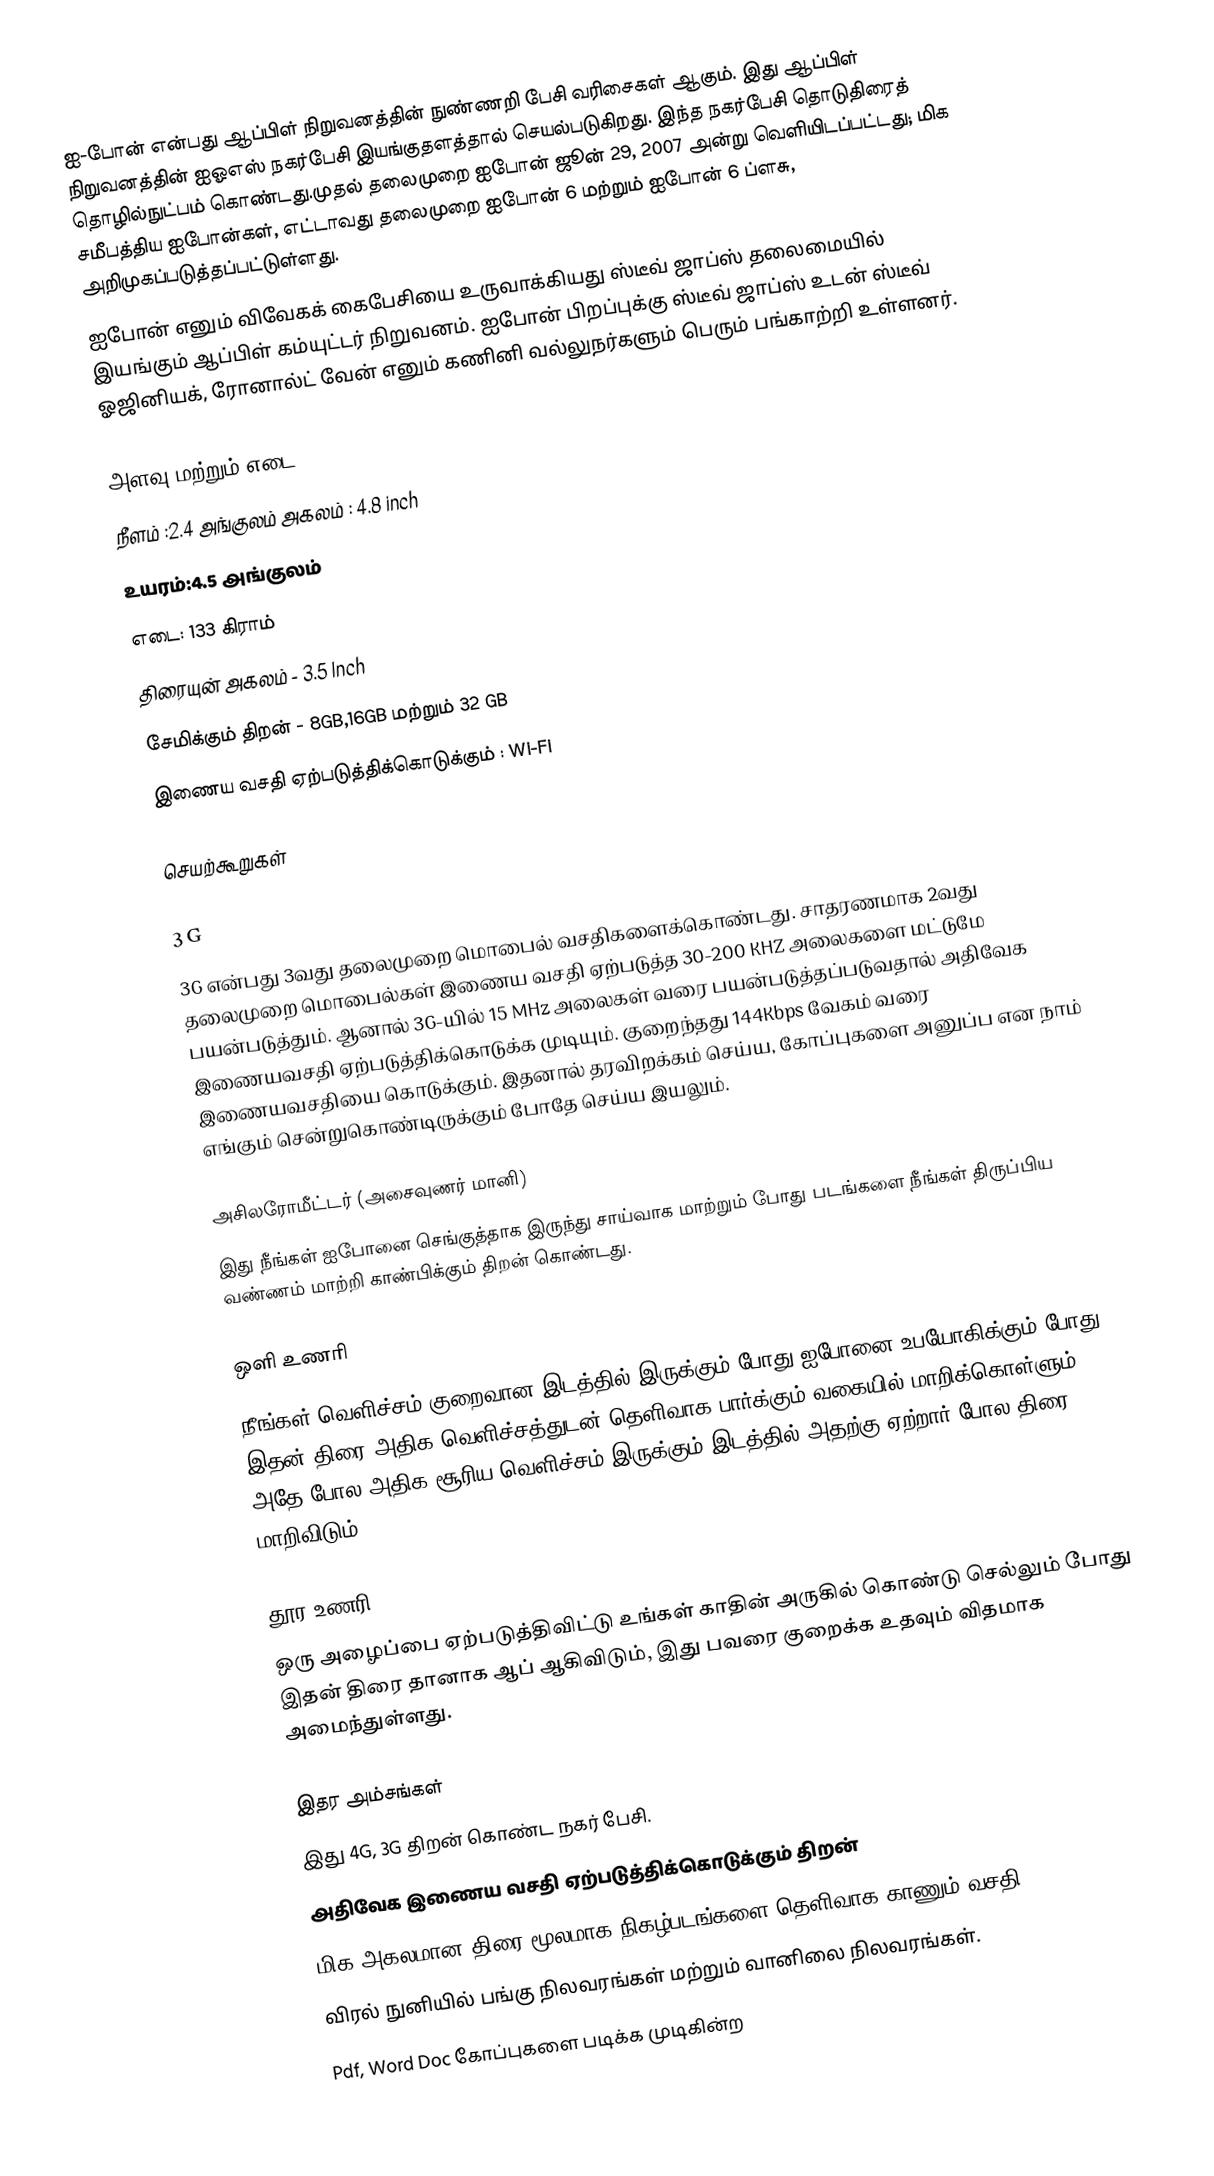
ஐ-போன் என்பது ஆப்பிள் நிறுவனத்தின்  நுண்ணறி பேசி வரிசைகள் ஆகும். இது ஆப்பிள் நிறுவனத்தின் ஐஓஎஸ் நகர்பேசி இயங்குதளத்தால் செயல்படுகிறது. இந்த நகர்பேசி தொடுதிரைத் தொழில்நுட்பம் கொண்டது.முதல் தலைமுறை ஐபோன் ஜூன் 29, 2007 அன்று வெளியிடப்பட்டது; மிக சமீபத்திய ஐபோன்கள், எட்டாவது தலைமுறை ஐபோன் 6 மற்றும் ஐபோன் 6 ப்ளசு, அறிமுகப்படுத்தப்பட்டுள்ளது.
ஐபோன் எனும் விவேகக் கைபேசியை உருவாக்கியது ஸ்டீவ் ஜாப்ஸ் தலைமையில் இயங்கும் ஆப்பிள் கம்யுட்டர் நிறுவனம். ஐபோன் பிறப்புக்கு ஸ்டீவ் ஜாப்ஸ் உடன் ஸ்டீவ் ஓஜினியக், ரோனால்ட் வேன் எனும் கணினி வல்லுநர்களும் பெரும் பங்காற்றி உள்ளனர்.

அளவு மற்றும் எடை
 நீளம் :2.4 அங்குலம்   அகலம் : 4.8 inch
 உயரம்:4.5 அங்குலம்
 எடை: 133 கிராம்
 திரையுன் அகலம் - 3.5 Inch
 சேமிக்கும் திறன் - 8GB,16GB மற்றும் 32 GB
 இணைய வசதி ஏற்படுத்திக்கொடுக்கும்  : Wi-Fi

செயற்கூறுகள்

3 G
3G என்பது 3வது தலைமுறை மொபைல் வசதிகளைக்கொண்டது.  சாதரணமாக 2வது தலைமுறை மொபைல்கள் இணைய வசதி ஏற்படுத்த 30-200 KHZ அலைகளை மட்டுமே பயன்படுத்தும். ஆனால் 3G-யில் 15 MHz அலைகள் வரை பயன்படுத்தப்படுவதால் அதிவேக இணையவசதி ஏற்படுத்திக்கொடுக்க முடியும்.  குறைந்தது 144Kbps வேகம் வரை இணையவசதியை கொடுக்கும். இதனால் தரவிறக்கம் செய்ய, கோப்புகளை அனுப்ப என நாம் எங்கும் சென்றுகொண்டிருக்கும் போதே செய்ய இயலும்.

அசிலரோமீட்டர் (அசைவுணர் மானி)
இது நீங்கள் ஐபோனை செங்குத்தாக இருந்து சாய்வாக மாற்றும் போது படங்களை நீங்கள் திருப்பிய வண்ணம் மாற்றி காண்பிக்கும் திறன் கொண்டது.

ஒளி உணரி
நீங்கள் வெளிச்சம் குறைவான இடத்தில் இருக்கும் போது ஐபோனை உபயோகிக்கும் போது இதன் திரை அதிக வெளிச்சத்துடன் தெளிவாக பார்க்கும் வகையில் மாறிக்கொள்ளும். அதே போல அதிக சூரிய வெளிச்சம் இருக்கும் இடத்தில் அதற்கு ஏற்றார் போல திரை மாறிவிடும்.

தூர உணரி
ஒரு அழைப்பை ஏற்படுத்திவிட்டு உங்கள் காதின் அருகில் கொண்டு செல்லும் போது இதன் திரை தானாக ஆப் ஆகிவிடும், இது பவரை குறைக்க உதவும் விதமாக அமைந்துள்ளது.

இதர  அம்சங்கள்
 இது 4G, 3G திறன் கொண்ட நகர் பேசி.
 அதிவேக இணைய வசதி ஏற்படுத்திக்கொடுக்கும் திறன்
 மிக அகலமான திரை மூலமாக நிகழ்படங்களை தெளிவாக காணும் வசதி
 விரல் நுனியில் பங்கு நிலவரங்கள் மற்றும் வானிலை நிலவரங்கள்.
 Pdf, Word Doc கோப்புகளை படிக்க முடிகின்ற